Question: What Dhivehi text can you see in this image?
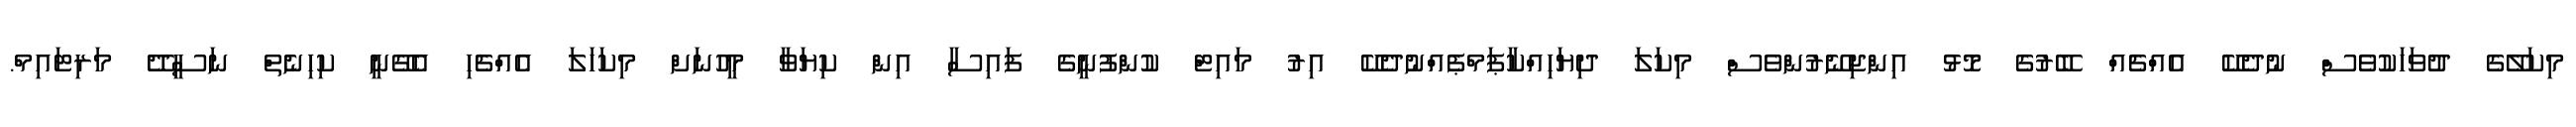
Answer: މިކަލޭގެ ދުވަހަކުވެސް ނުދެކޭ އެއްޗެއް ބޭރުގެ މޮޅު އިންޖިނޭރުންވެސް މިކަލަ ދިޔަހިއްކާޕަމްޕެއްނުދެކޭ އިރު މައިޓް ކުންފުނީގެ ފައިސާ އިން ކިޔަވާ މީހުނަށް މިކަހަލަ އެއްޗެހި އެގޭނީ ކިހިނެތް ނަސީދޭ މަރިޓައިމް.